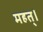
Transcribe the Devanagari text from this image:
महत्।